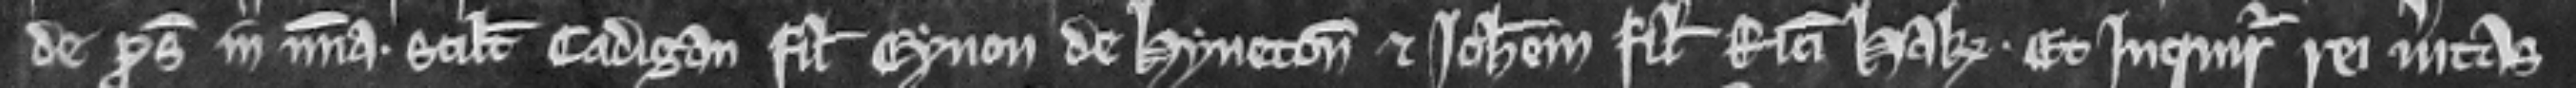
de prosequendo in misericordia. scilicet Cadigan filius Eynon de Hyneton et Johannem filius Ricardi Hak. Et inquiratur rei veritas